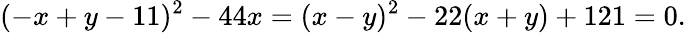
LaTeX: (-x+y-11)^{2}-44x=(x-y)^{2}-22(x+y)+121=0.